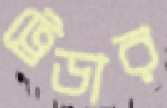
ট্রেডার